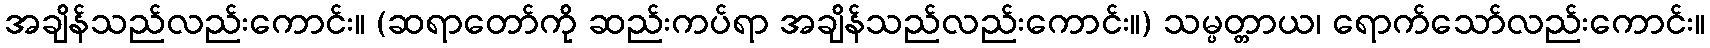
အချိန်သည်လည်းကောင်း။ (ဆရာတော်ကို ဆည်းကပ်ရာ အချိန်သည်လည်းကောင်း။) သမ္ပတ္တာယ၊ ရောက်သော်လည်းကောင်း။